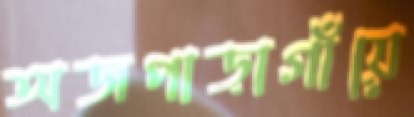
অজপাড়াগাঁয়ে